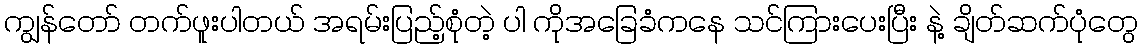
ကျွန်တော် တက်ဖူးပါတယ် အရမ်းပြည့်စုံတဲ့ ပါ ကိုအခြေခံကနေ သင်ကြားပေးပြီး နဲ့ ချိတ်ဆက်ပုံတွေ